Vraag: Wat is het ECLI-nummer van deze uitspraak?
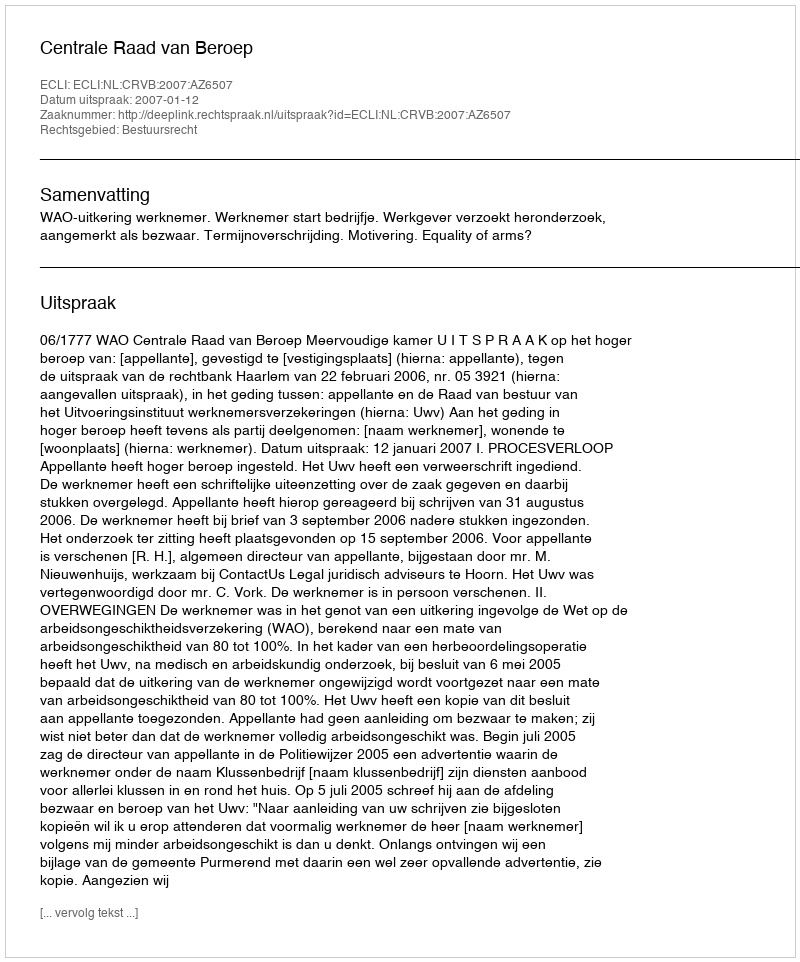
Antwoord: ECLI:NL:CRVB:2007:AZ6507